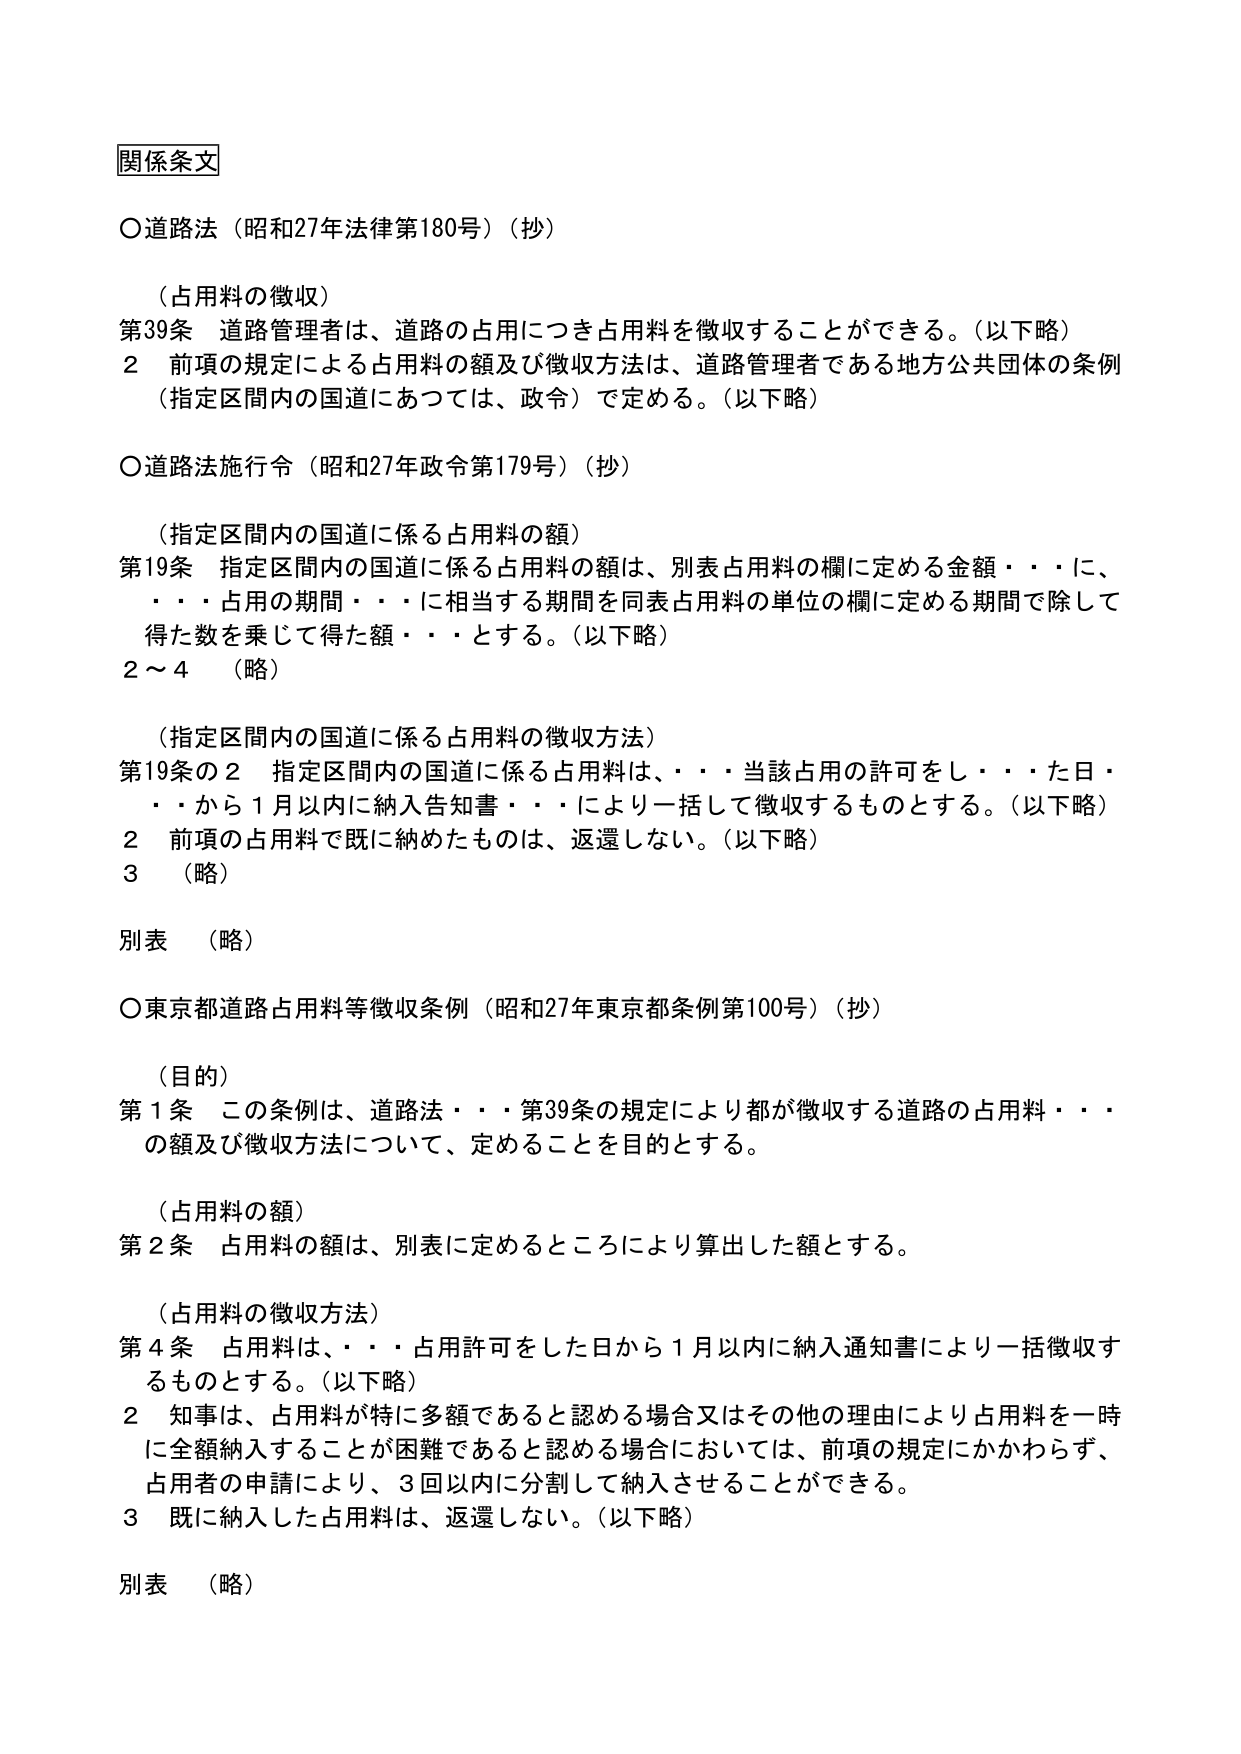
関係条文

○道路法（昭和27年法律第180号）（抄）

（占用料の徴収）
第39条 道路管理者は、道路の占用につき占用料を徴収することができる。（以下略）
　2 前項の規定による占用料の額及び徴収方法は、道路管理者である地方公共団体の条例
　（指定区間内の国道にあつては、政令）で定める。（以下略）

○道路法施行令（昭和27年政令第179号）（抄）

（指定区間内の国道に係る占用料の額）
第19条 指定区間内の国道に係る占用料の額は、別表占用料の欄に定める金額・・・に、
　・・・占用の期間・・・に相当する期間を同表占用料の単位の欄に定める期間で除して
　得た数を乗じて得た額・・・とする。（以下略）
2～4 （略）

（指定区間内の国道に係る占用料の徴収方法）
第19条の2 指定区間内の国道に係る占用料は、・・・当該占用の許可をし・・・た日・
　・から1月以内に納入告知書・・・により一括して徴収するものとする。（以下略）
　2 前項の占用料で既に納めたものは、返還しない。（以下略）
　3 （略）

別表 （略）

○東京都道路占用料等徴収条例（昭和27年東京都条例第100号）（抄）

（目的）
第1条 この条例は、道路法・・・第39条の規定により都が徴収する道路の占用料・・・
　の額及び徴収方法について、定めることを目的とする。

（占用料の額）
第2条 占用料の額は、別表に定めるところにより算出した額とする。

（占用料の徴収方法）
第4条 占用料は、・・・占用許可をした日から1月以内に納入通知書により一括徴収す
　るものとする。（以下略）
　2 知事は、占用料が特に多額であると認める場合又はその他の理由により占用料を一時
　　に全額納入することが困難であると認める場合においては、前項の規定にかかわらず、
　　占用者の申請により、3回以内に分割して納入させることができる。
　3 既に納入した占用料は、返還しない。（以下略）

別表 （略）